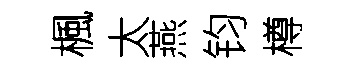
楓太燕钧樽